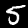
Digit: 5